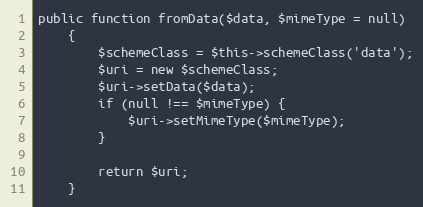
Language: PHP
public function fromData($data, $mimeType = null)
    {
        $schemeClass = $this->schemeClass('data');
        $uri = new $schemeClass;
        $uri->setData($data);
        if (null !== $mimeType) {
            $uri->setMimeType($mimeType);
        }

        return $uri;
    }